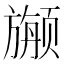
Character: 𱂷